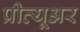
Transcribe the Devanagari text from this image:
प्रीव्यूअर